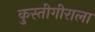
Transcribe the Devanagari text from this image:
कुस्तीगीराला